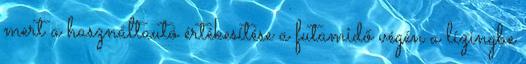
mert a használtautó értékesítése a futamidő végén a lízingbe